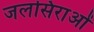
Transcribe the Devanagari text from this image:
जलसिराओं